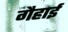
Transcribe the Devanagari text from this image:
गैहाई